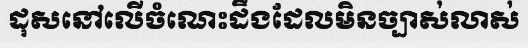
ដុសនៅលើចំណេះដឹងដែលមិនច្បាស់លាស់